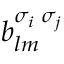
b _ { l m } ^ { \sigma _ { i } \; \sigma _ { j } }